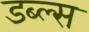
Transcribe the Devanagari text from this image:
डब्ल्स